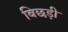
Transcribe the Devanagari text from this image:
बिछड़ी